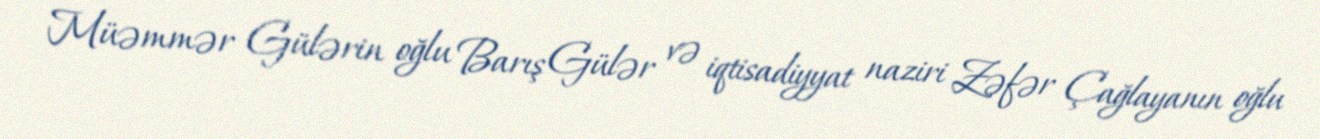
Müəmmər Gülərin oğlu Barış Gülər və iqtisadiyyat naziri Zəfər Çağlayanın oğlu